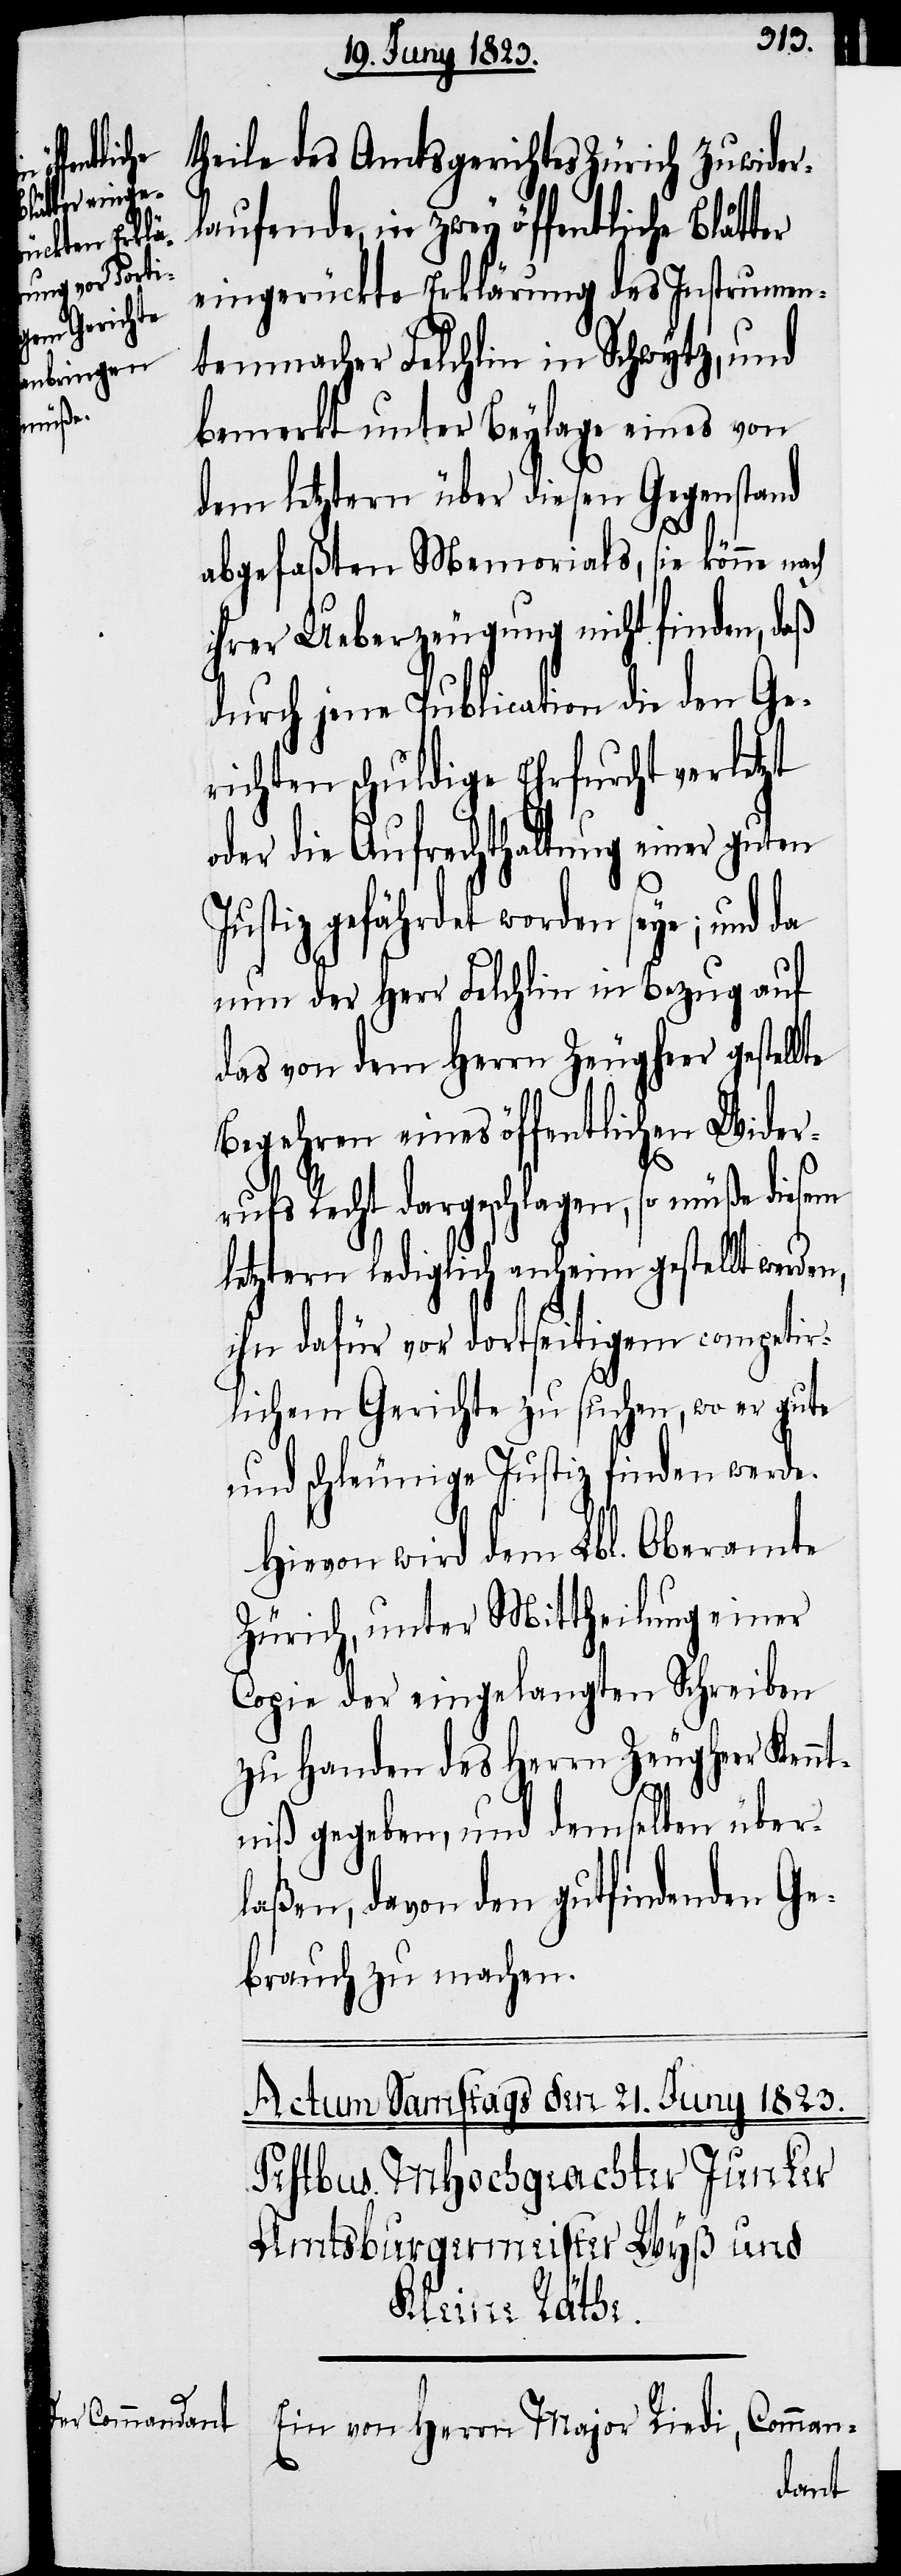
ter
theile des Amtsgerichtes Zürich zuwider¬
laufende, in zwey öffentliche Blät¬
eingerückte Erklärung des Instrumen¬
tenmacher Felchlin in Schwytz, und
bemerkt unter Beylage eines von
dem letztern über diesen Gegenstand
abgefaßten Memorials, sie könne nach
ihrer Ueberzeugung nicht finden, daß
durch jene Publication die den Ge¬
richten schuldige Ehrfurcht verletzt
oder die Aufrechthaltung einer guten
Justiz gefährdet worden seye; und da
nun der Herr Felchlin in Bezug auf
das von dem Herrn Zeugheer gestellte
Begehren eines öffentlichen Wider¬
rufs Recht dargeschlagen, so müße diesem
letztern lediglich anheim gestellt werden,
ihn dafür vor dortseitigem competir¬
lichen Gerichte zu suchen, wo er gute
und schleunige Justiz finden werde.
Hievon wird dem Lbl. Oberamte
Zürich, unter Mittheilung einer
Copie der eingelangten Schreiben
zu Handen des Herrn Zeugheer Kennt¬
niß gegeben, und demselben über¬
laßen, davon den gutfindenden Ge¬
brauch zu machen.
Ein von Herrn Major Riedi, Comman-